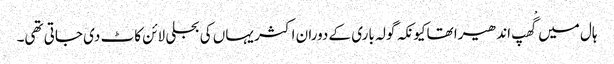
ہال میں گْھپ اندھیرا تھاکیونکہ گولہ باری کے دوران اکثر یہاں کی بجلی لائن کاٹ دی جاتی تھی۔